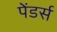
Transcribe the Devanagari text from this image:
पेंडर्स